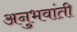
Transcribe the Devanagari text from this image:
अनुभवांती